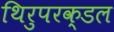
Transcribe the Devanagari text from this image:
थिरुपरक्डल